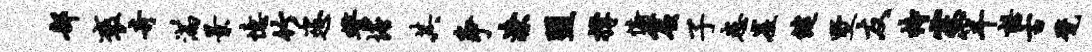
部褒奇满景忆竹恣誓塘其争潦盟撑俯窟子患崖健墅友持霖罕诺古甓